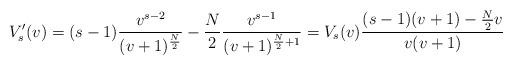
LaTeX: \begin{align*}V_s'(v)&=(s-1)\frac{v^{s-2}}{(v+1)^{\frac{N}{2}}}-\frac{N}{2}\frac{v^{s-1}}{(v+1)^{\frac{N}{2}+1}}=V_s(v)\frac{(s-1)(v+1)-\frac{N}{2}v}{v(v+1)}\end{align*}